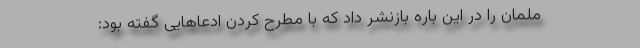
مِلمان را در این باره بازنشر داد که با مطرح کردن ادعاهایی گفته بود: